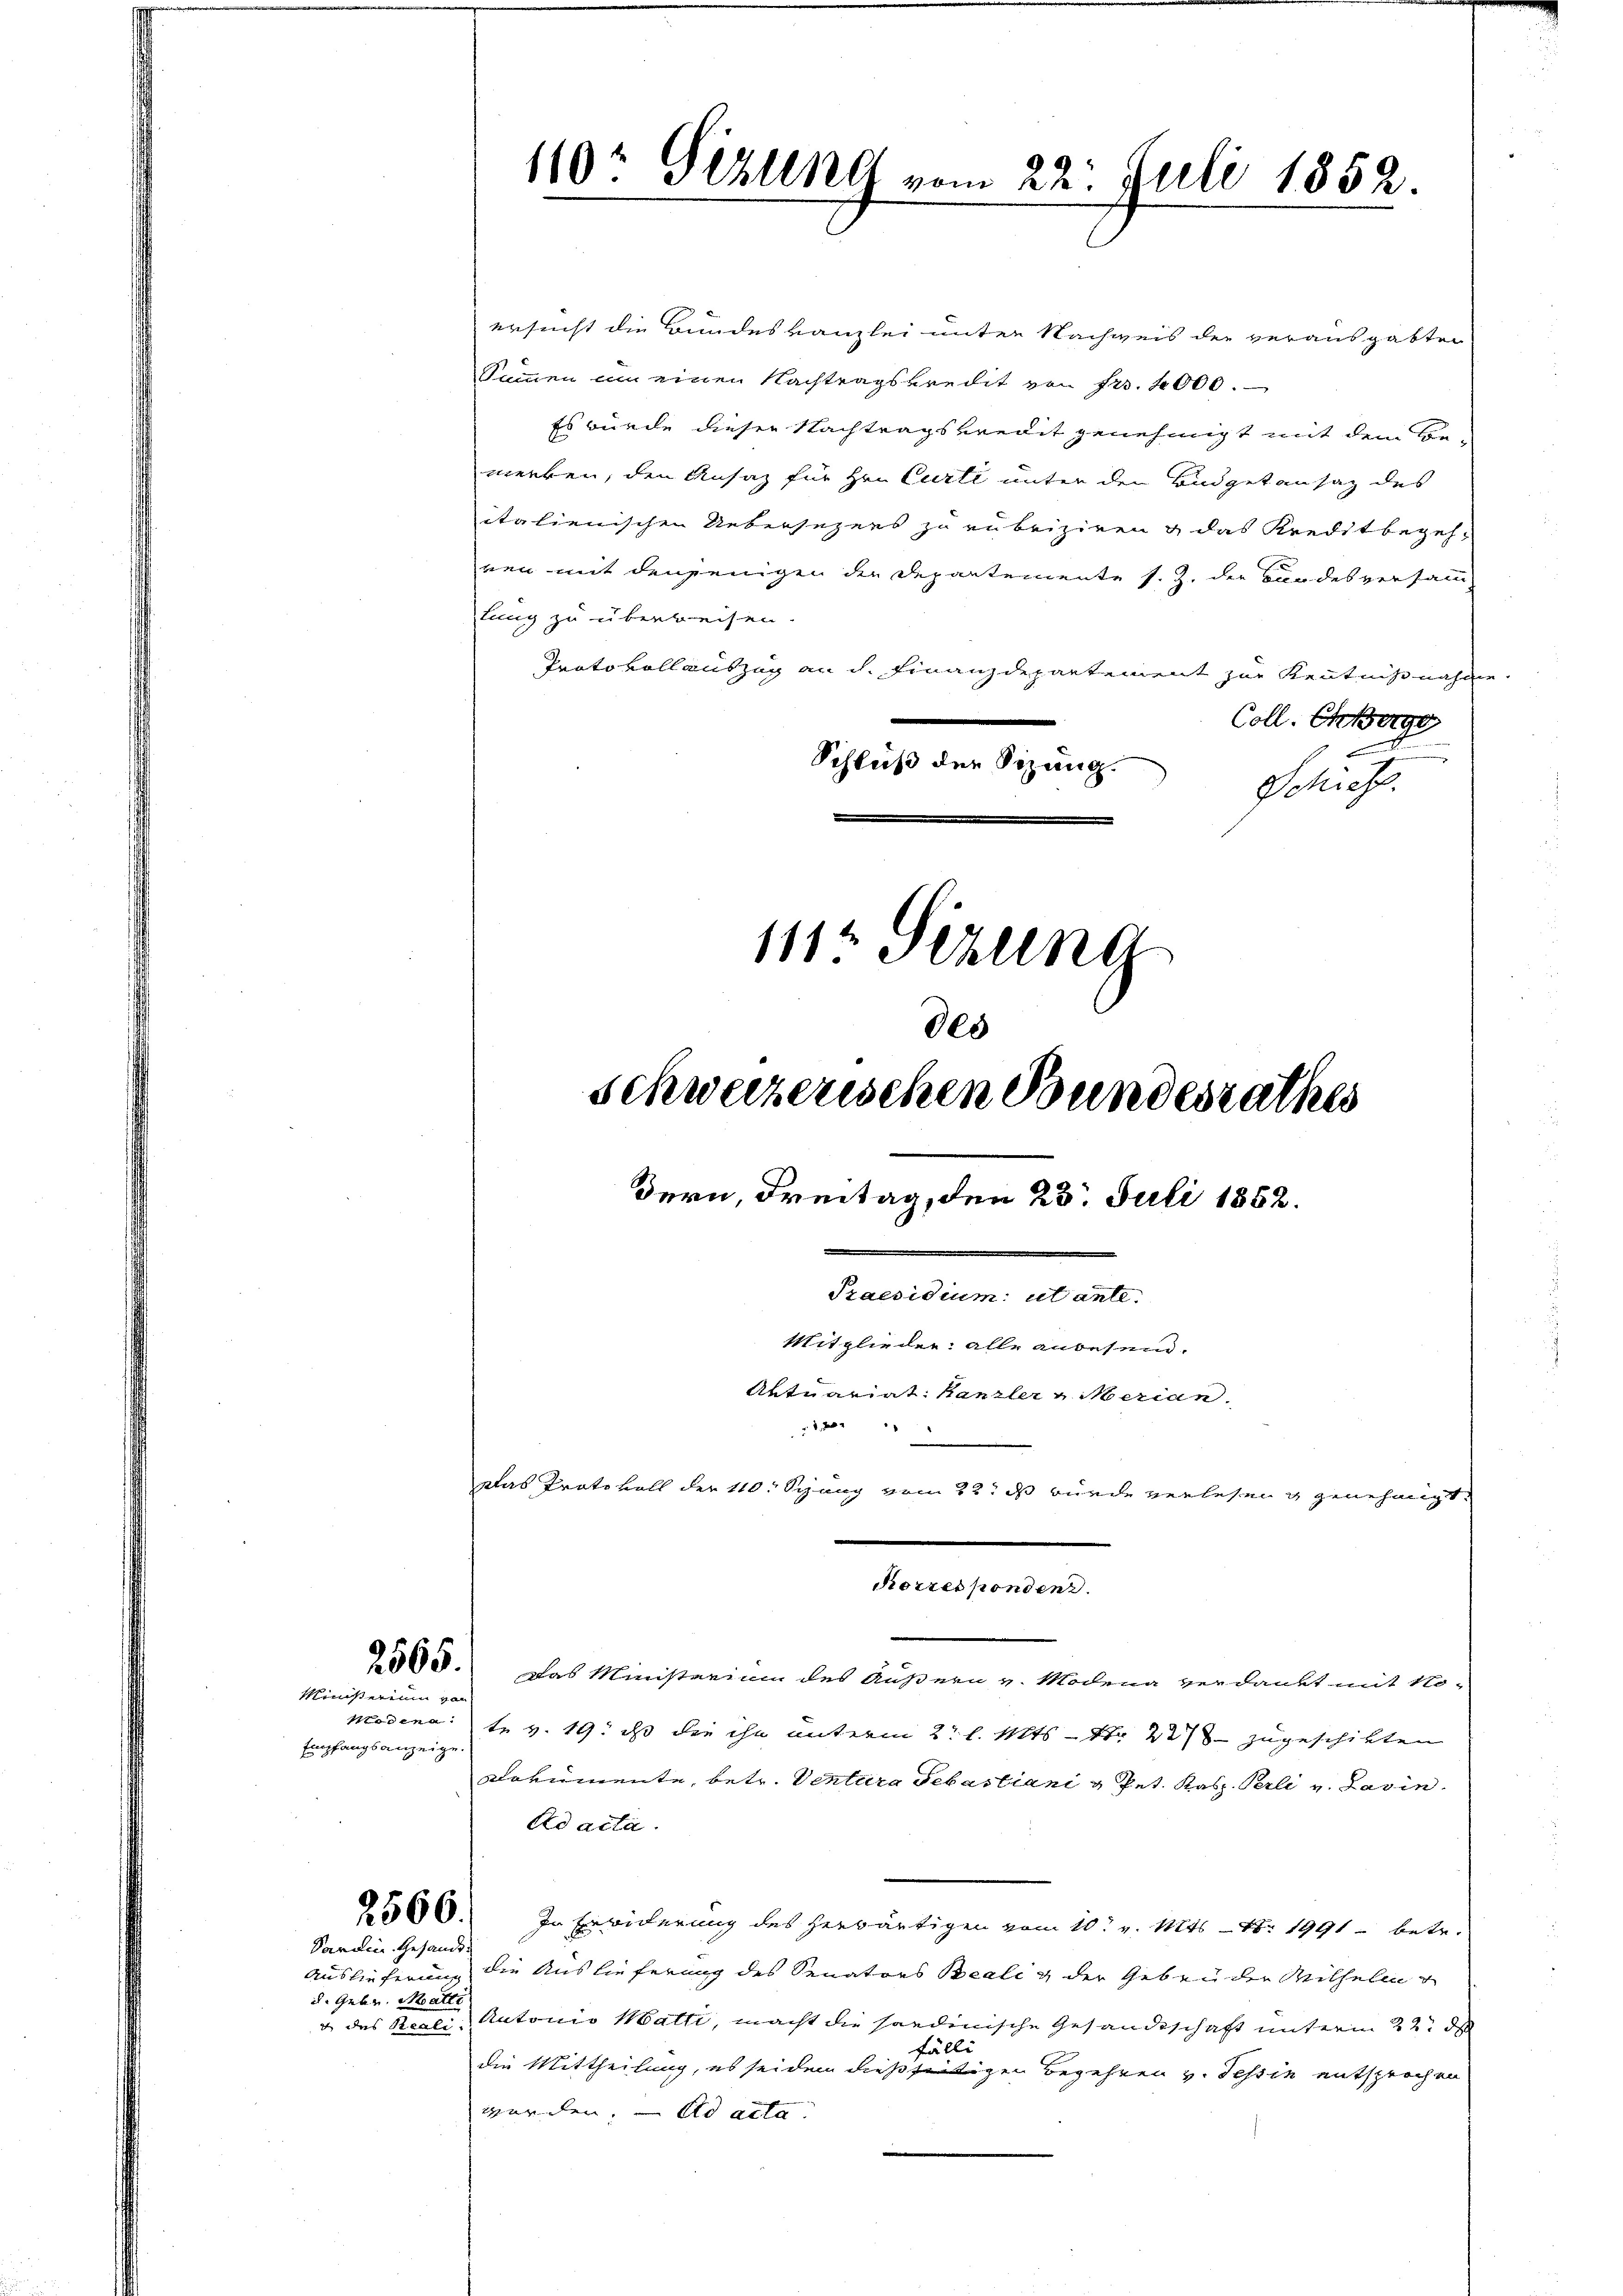
Ministerium von
Empfangsanzeige

110: Sizung vom 22. Juli 1852.

568. Das Ministarium des Äußern v. Modena verdankt mit No-
Modena 1. v. 19. ds die ihn unterm 2. l. Mts. 1. 2. zugeschikten
Dokumente, betr. Ventura Sebastiani u Pet. Kasp. Perli v. Pasin
Ad acta.
00. In Erwiderung des herwärtigen vom 10t v. Mts. - No. 1991 - betr.
Sardin. Gesandt
Auslieferung die Auslieferung des Senators Bealig der Gebrüder Mithelm
d. Gebr. Matte
& des Reali, Antonio Matti, macht die handenische Gesandtschaft unterm 22t d
fälli
die Mittheilung, es seiden dießseitigen Begehren v. Tessin entsprochen
werden, – es acte

des
Schweizerischen Bundesrathes
Bern, Freitag, den 23. Juli 1862.
Praesidium: utante.
Mitglieder: alle angesein.
Aktuariat: Kanzler v. Merian.
 4. Jak
n
Das Protokoll der 110. Seung vom 22t ds wurde verlesen in genehmigt.

Korrespondenz.

ersucht die Bundeskanzlei unter Nachweis der verausgabten
Summen um einen Nachtragskredit von Fr. 4000.
Es würde dieser Nachtragskredit genehmigt mit dem Be-
werken, den Ansaz für Hrn. Curti unter den Budgetansaz des
italienischen Uebersezens zu rubriziren & das Kreditbegehren mit denjenigen der Departemente s. Z. der Bundesversamm-
tung zu überweisen.
Protokollauszug an dh. Finanzdepartement zur Kenntnißnahme
Coll. Oberge
Schluß der Sizung. Schicht.
111 Sezung